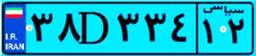
۳۸D۳۳۴۱۲